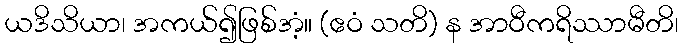
ယဒိသိယာ၊ အကယ်၍ဖြစ်အံ့။ (ဧဝံ သတိ) န အာဝီကရိဿာမီတိ၊